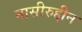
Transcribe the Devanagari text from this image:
नासीरुद्दीन